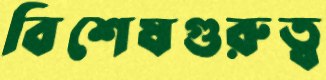
বিশেষগুরুত্ব